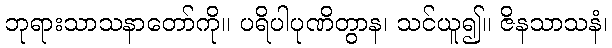
ဘုရားသာသနာတော်ကို။ ပရိပါပုဏိတွာန၊ သင်ယူ၍။ ဇိနသာသနံ၊